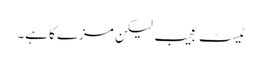
ٹیسٹ عجیب لیکن مزے کا ہے۔